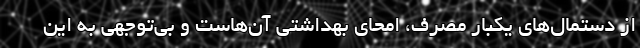
از دستمال‌های یکبار مصرف، امحای بهداشتی آن‌هاست و بی‌توجهی به این